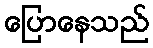
ပြောနေသည်